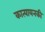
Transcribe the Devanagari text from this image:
कात्यायनकी